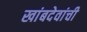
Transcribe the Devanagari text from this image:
खांबदेवांची